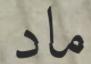
ماد